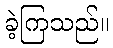
ခဲ့ကြသည်။